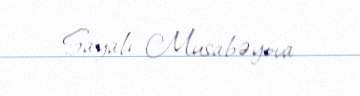
Sayalı Musabəyova